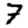
Digit: 7